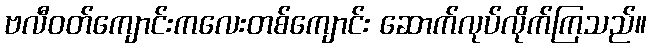
ဗလီဝတ်ကျောင်းကလေးတစ်ကျောင်း ဆောက်လုပ်လိုက်ကြသည်။